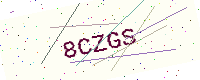
Text: 8CZGS